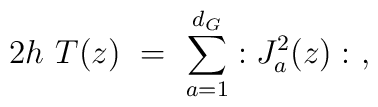
2h\ T(z) \ = \ \sum^{d_G}_{a=1}:J^2_a(z):\  ,